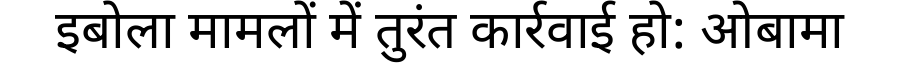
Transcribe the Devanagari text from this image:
इबोला मामलों में तुरंत कार्रवाई हो: ओबामा